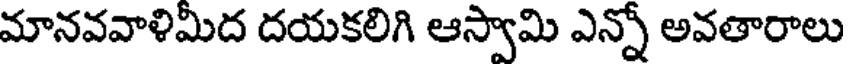
మానవవాళిమీద దయకలిగి ఆస్వామి ఎన్నో అవతారాలు